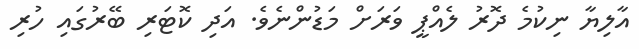
އާލިޔާ ނިކުމެ ދޮރު ލެއްޕީ ވަރަށް މަޑުންނެވެ. އަދި ކޮޓަރި ބޭރުގައި ހުރި